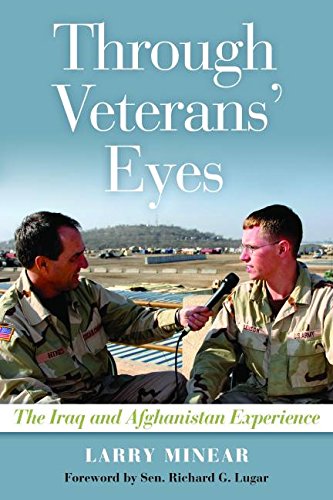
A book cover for Through Veterans' Eyes: The Iraq and Afghanistan Experience; Larry Minear; Biographies & Memoirs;